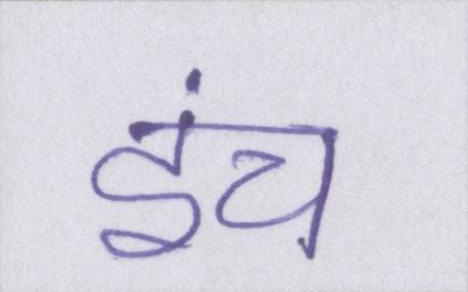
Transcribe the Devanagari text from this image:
इंच